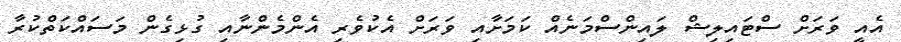
އެއީ ވަރަށް ސްޓައިލިޝް ލައިންސްމަނެއް ކަމަށާއި ވަރަށް އެކުވެރި އެންމެންނާއި ގުޅިގެން މަސައްކަތްކުރާ